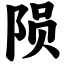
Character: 陨